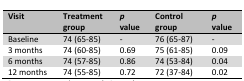
<table><thead><tr><td><b>Visit</b></td><td><b>Treatment group</b></td><td><b><i>p</i> value</b></td><td><b>Control group</b></td><td><b><i>p</i> value</b></td></tr></thead><tbody><tr><td>Baseline</td><td>74 (65-85)</td><td>-</td><td>76 (65-87)</td><td>-</td></tr><tr><td>3 months</td><td>74 (60-85)</td><td>0.69</td><td>75 (61-85)</td><td>0.09</td></tr><tr><td>6 months</td><td>74 (57-85)</td><td>0.86</td><td>74 (53-84)</td><td>0.04</td></tr><tr><td>12 months</td><td>74 (55-85)</td><td>0.72</td><td>72 (37-84)</td><td>0.02</td></tr></tbody></table>